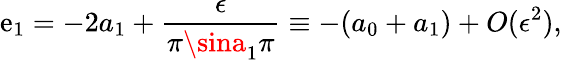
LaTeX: \mathrm{e}_{1}=-2a_{1}+\frac{{\epsilon}}{{\pi\sina_{1}\pi}}\equiv-(a_{0}+a_{1})+O(\epsilon^{2}),